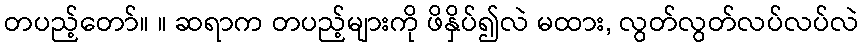
တပည့်တော်။ ။ ဆရာက တပည့်များကို ဖိနှိပ်၍လဲ မထား, လွတ်လွတ်လပ်လပ်လဲ